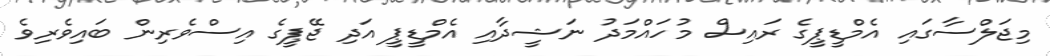
މިޖަލްސާގައި އެމްޑީޕީގެ ރައިސް މުހައްމަދު ނަޝީދާއި އެމްޑީޕީ އަދި ޖޭޕީގެ އިސްވެރިން ބައިވެރިވެ